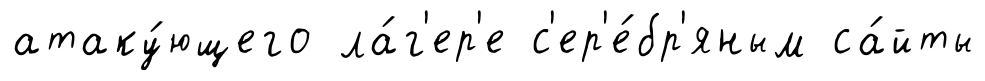
атаку́ющего ла́г'ер'е с'ер'е́бр'яным са́йты